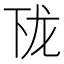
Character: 𱍔